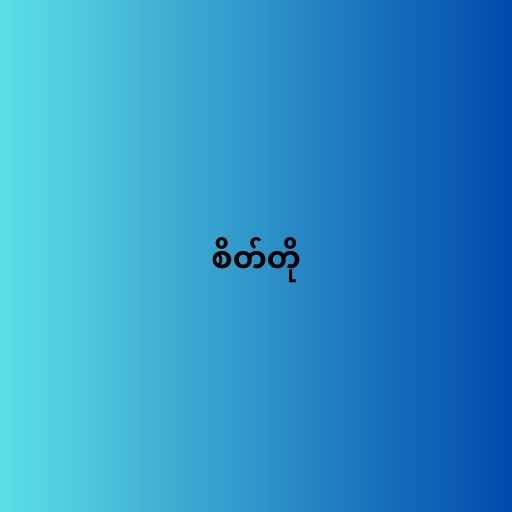
စိတ်တို